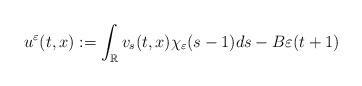
LaTeX: \begin{align*} u^{\varepsilon}(t,x) := \int_{\mathbb{R}} v_s(t,x) \chi_{\varepsilon}(s-1) ds - B \varepsilon(t+1) \end{align*}